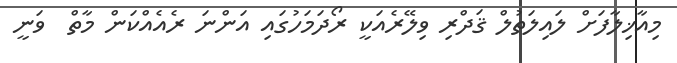
މިއާޚިލާފަށް ލައިލަތުލް ޤަދްރި ވިލޭރެއަކީ ރޯދަމަހުގައި އަންނަ ރެއެއްކަން މާތް  ވަނީ